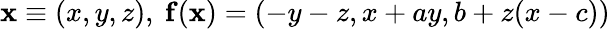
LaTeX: \mathbf{x}\equiv(x,y,z),\ \mathbf{f}(\mathbf{x})=(-y-z,x+ay,b+z(x-c))